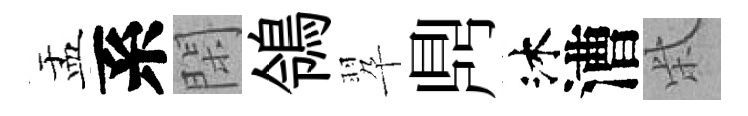
盂系閑鴒翆𪔂沐漕柴